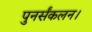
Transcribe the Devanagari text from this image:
पुनर्संकलन।